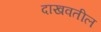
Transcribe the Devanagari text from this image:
दाखवतील